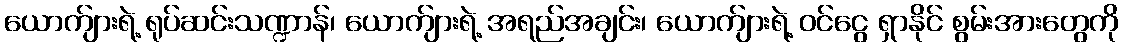
ယောက်ျားရဲ့ ရုပ်ဆင်းသဏ္ဍာန်၊ ယောက်ျားရဲ့ အရည်အချင်း၊ ယောက်ျားရဲ့ ဝင်ငွေ ရှာနိုင် စွမ်းအားတွေကို